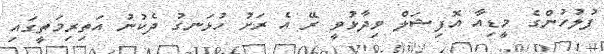
ފުލުހުންގެ މީޑިއާ އޮފިޝަލް ވިދާޅުވީ ރޭ އެ ރަށު ހުޅަނގު ދެކުނު އަތިރިމަތީގައި